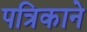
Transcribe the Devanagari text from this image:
पत्रिकाने